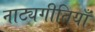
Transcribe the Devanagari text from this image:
नाट्यगीतियाँ